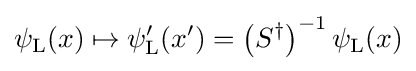
\psi _{\rm {L}}(x)\mapsto \psi _{\rm {L}}^{\prime }(x^{\prime })=\left(S^{\dagger }\right)^{-1}\psi _{\rm {L}}(x)